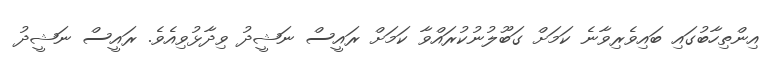
އިންތިހާބުގައި ބައިވެރިވާނެ ކަމަށް ގަބޫލުނުކުރައްވާ ކަމަށް ރައީސް ނަޝީދު ވިދާޅުވިއެވެ. ރައީސް ނަޝީދު